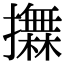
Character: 𢸮